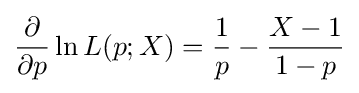
{\frac {\partial }{\partial p}}\ln L(p;X)={\frac {1}{p}}-{\frac {X-1}{1-p}}